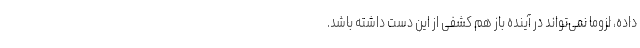
داده، لزوماً نمی‌تواند در آینده باز هم کشفی از این دست داشته باشد.